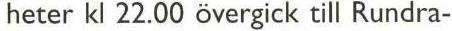
heter kl 22.00 övergick till Rundra-